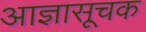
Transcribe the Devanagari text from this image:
आज्ञासूचक